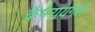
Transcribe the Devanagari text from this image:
कैमेरायगल